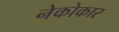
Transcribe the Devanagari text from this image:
नेकोकार